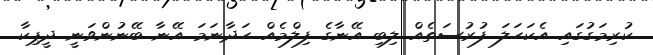
ކުރިމަގުގައި އެކަހަލަ ފުރުސަތެއް ލިބި އޭނާގެ ފިލްމެއް ހަދާނަމަ އޭނާ ބޭނުންވަނީ ދީޕިކާ